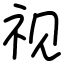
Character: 视